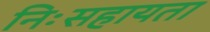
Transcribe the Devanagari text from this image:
निःसहायता